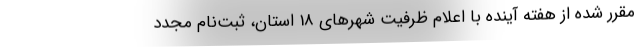
مقرر شده از هفته آینده با اعلام ظرفیت شهرهای 18 استان، ثبت‌نام مجدد